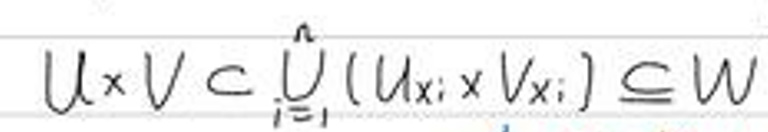
\[
U\times V\subset \bigcup_{i = 1}^{n}(U_{x_{i}}\times V_{x_{i}})\subseteq W
\]